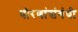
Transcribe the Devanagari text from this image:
धोरणांसंबंधी